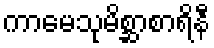
ကာမေသုမိစ္ဆာစာရိနီ